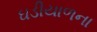
ઘડીયાળના